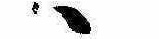
ゝ